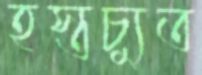
হস্তচ্যুত